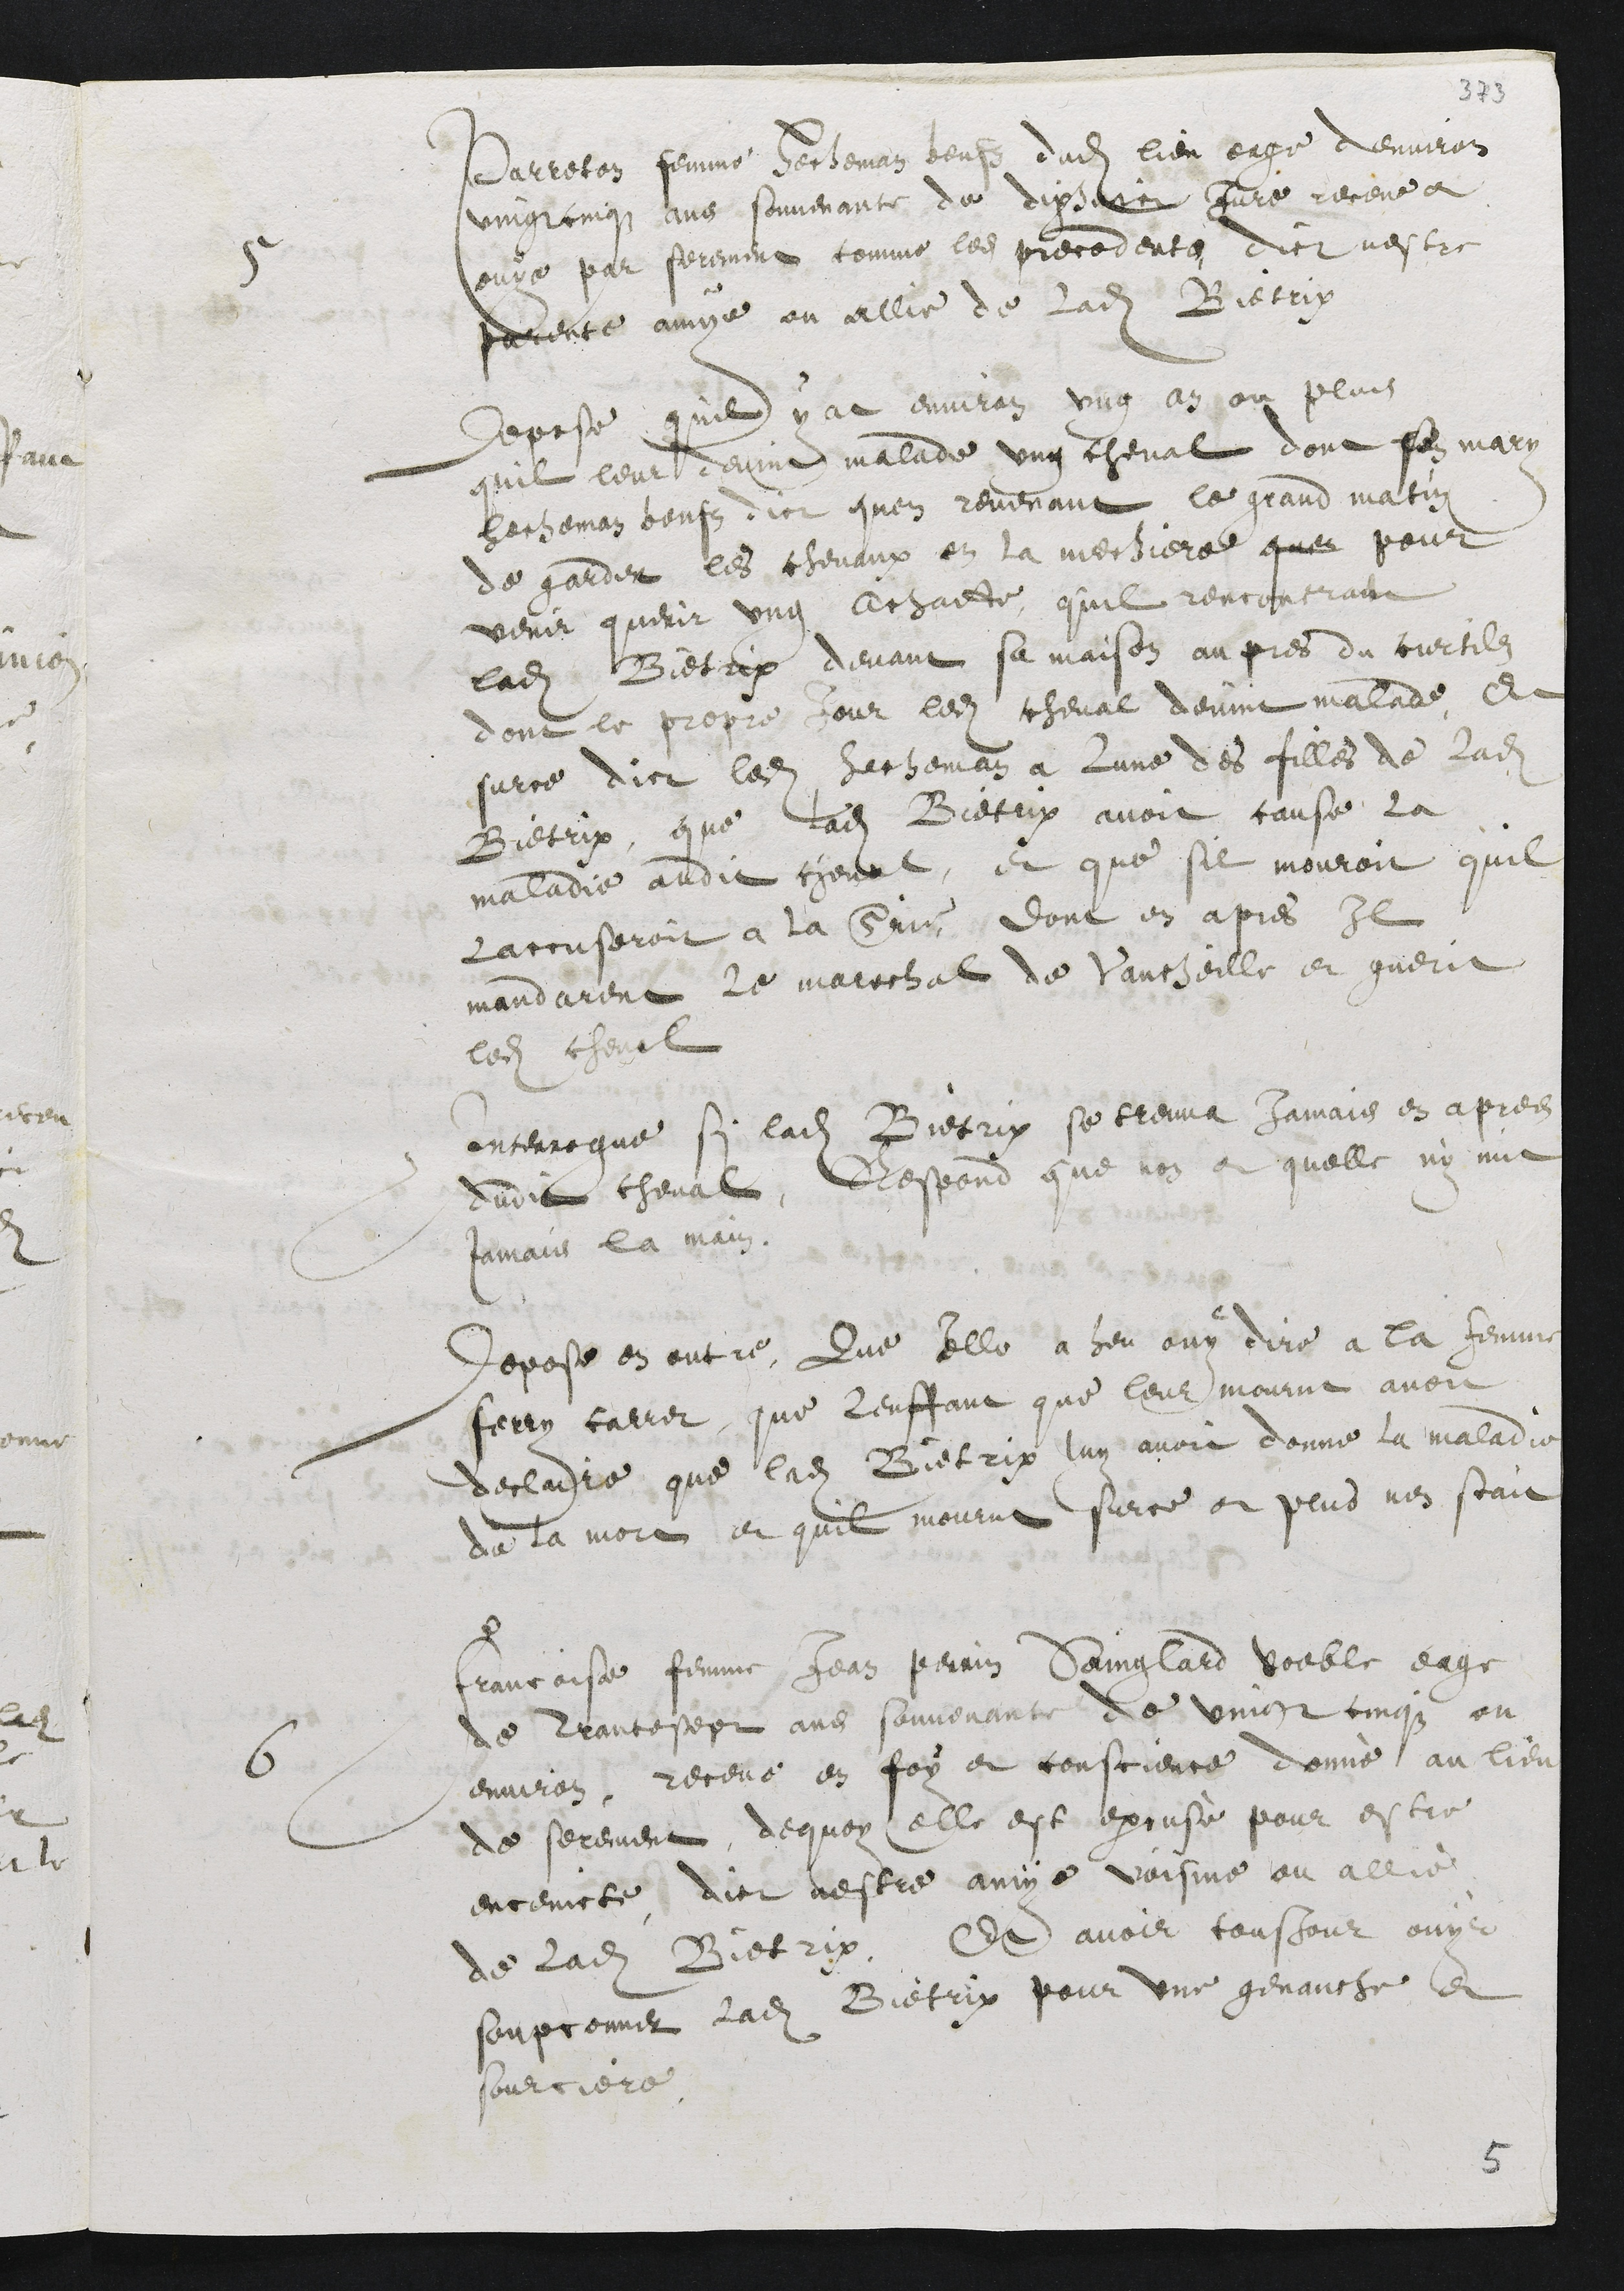
5 Perreton femme Hecheman beufz dudit lieu eage denviron
vingt cinqz ans souvenante de dix huict Juré receue et
ouye par serement comme les precedents dict nestre
parente amye ou allie de ladite Bietrix
Depose quil y at environ ung an ou plus
quil leur devint malade ung cheval dont son mary
Hecheman beufz dict quen revenant le grand matin
de garder les chevaux en la mechiere quen pour
venir querir ung achatte quil rencontrant
ladite Bietrix devant sa maison aupres du curtilz
dont le propre jour ledit cheval devint malade, Et
surce dict ledit Hecheman a lune des filles de ladite
Bietrix, que ladite Bietrix avoit cause la
maladie audit cheval, et que sil mouroit quil
laccuseroit a la Srie, dont en apres Il
mandarent le marechal de Vancheille et guerit
ledit cheval
Interrogue si ladite Bietrix se treuva Jamais en apres
dudit cheval, Respond que non et quelle ny mit
jamais la main
Depose en outre, que elle a heu ouy dire a la femme
Ferry carrer, que lenffant que leur mourut avoit
declaire que ladite Bietrix luy avoit donne la maladie
de la mort et quil mourut surce et plus nen scait
6 Francoise femme Jean Perrin Sainglard voeble eage
de trante sept ans souvenante de vingt cinqz ou
environ, receue en foy et conscience donné au lieu
de serement, dequoy elle est excusé pour estre
enceincte, dict nestre amye voisine ou allié
de ladite Bietrix, Et avoir tousjour ouyr
soupconner ladite Bietrix pour une genauche, et
sourciere.

5